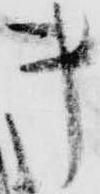
き